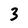
Character: 3